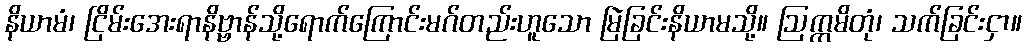
နိယာမံ၊ ငြိမ်းအေးရာနိဗ္ဗာန်သို့ရောက်ကြောင်းမဂ်တည်းဟူသော မြဲခြင်းနိယာမသို့။ ဩက္ကမိတုံ၊ သက်ခြင်းငှာ။